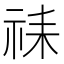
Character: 𫀇